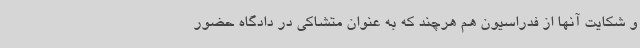
و شکایت آنها از فدراسیون هم هرچند که به عنوان متشاکی در دادگاه حضور